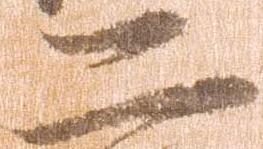
二